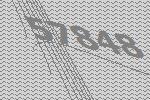
57848